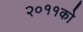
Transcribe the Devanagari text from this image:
२०११को